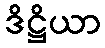
ဒိဋ္ဌိယာ